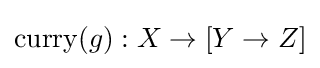
{\mbox{curry}}(g):X\to [Y\to Z]